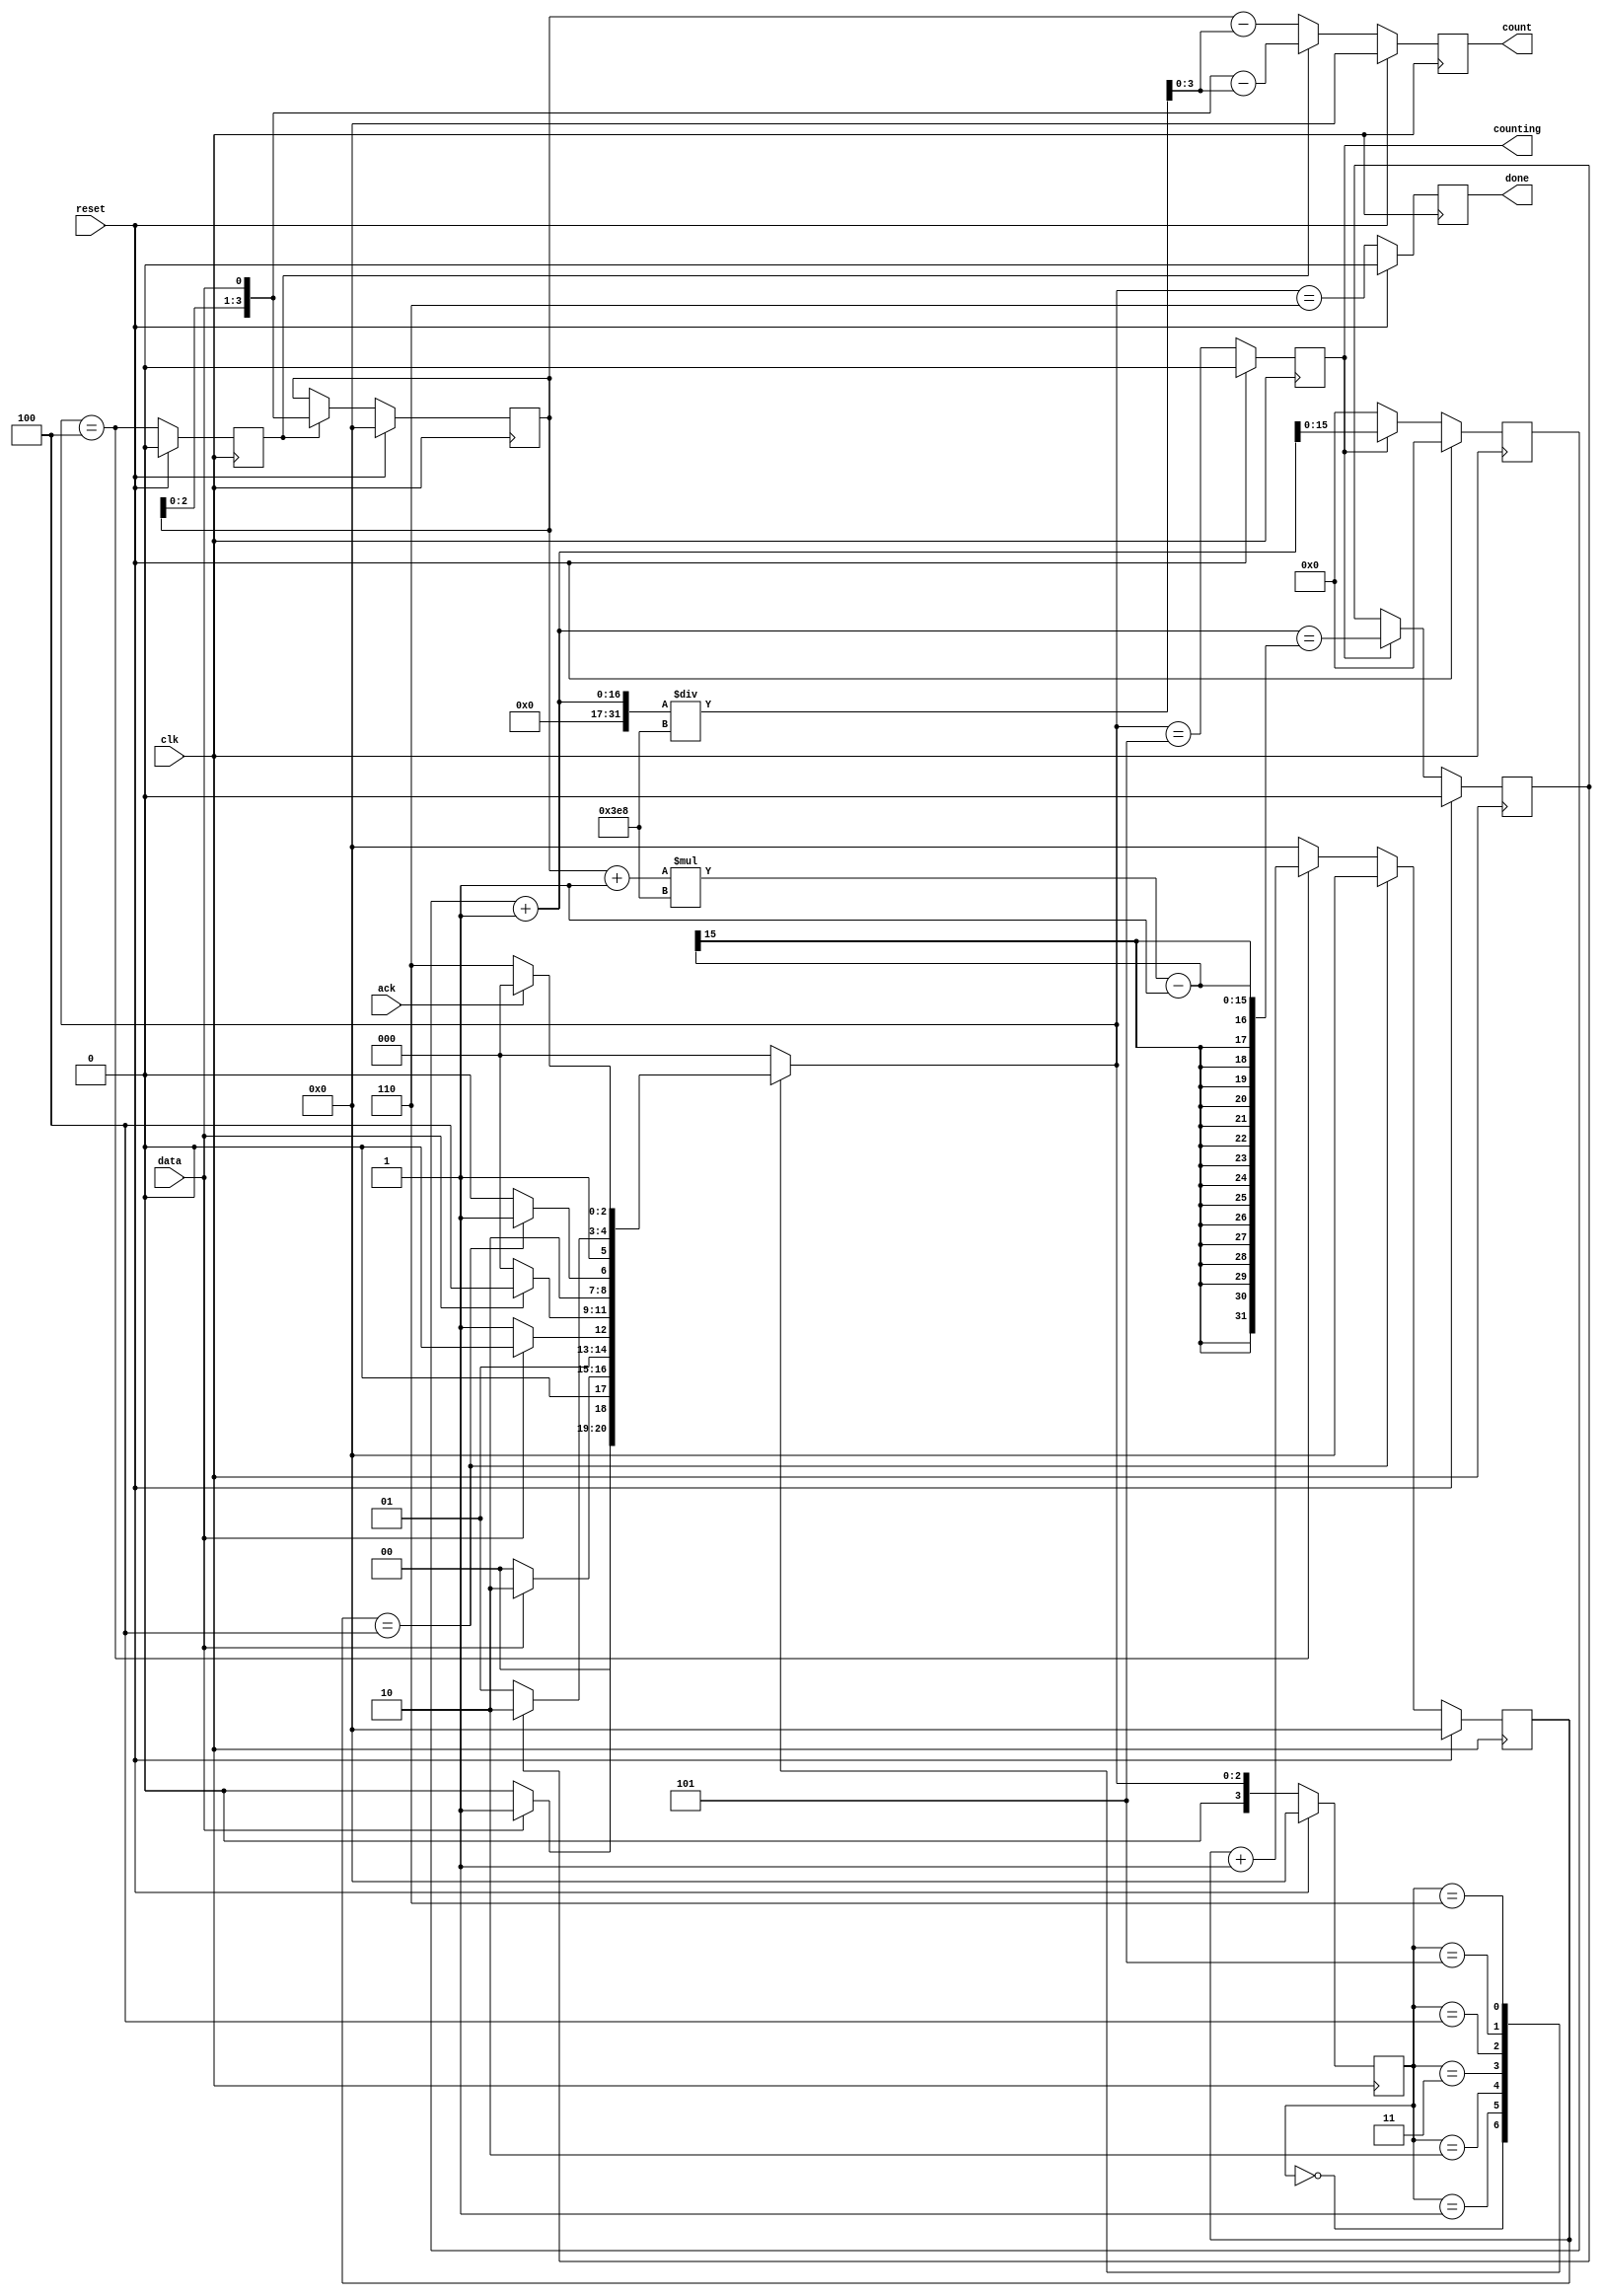
module top_module (
    input clk,
    input reset,      // Synchronous reset
    input data,
    output [3:0] count,
    output counting,
    output done,
    input ack );
	
/* vvv=================== same as review2015_fsmshift ===================vvv */
    parameter S0=4'd0, S1=4'd1, S2=4'd2, S3=4'd3;
    parameter B0=4'd4, COUNT=4'd5, WAIT=4'd6;
    reg [3:0] state, next_state, cnt;
/* ^^^=================== same as review2015_fsmshift ===================^^^ */
    
    reg [3:0] delay;
    reg shift_ena, done_counting;
    reg [15:0] num_cnt;
    
/* vvv=================== same as review2015_fsmshift ===================vvv */
    // State transition logic (combinational)
    always @(*) begin
        case (state)
            S0: next_state = data ? S1:S0;
            S1: next_state = data ? S2:S0;
            S2: next_state = (!data) ? S3:S2;
            S3: next_state = data ? B0:S0; //進入計數
            B0: next_state = (cnt==4) ? COUNT:B0; //用計數取代狀態
            COUNT: next_state = (done_counting) ? WAIT:COUNT;
            WAIT: next_state = (ack) ? S0:WAIT;
            default: next_state = S0;
        endcase
    end

    // State flip-flops (sequential)
    always @(posedge clk) begin
        state <= (reset) ? S0:next_state ;
    end
    
    // Output logic
    always @(posedge clk) begin
        if (reset) begin
            cnt <= 4'd0;
        end
        else if (cnt==4) begin //counter stop
            cnt <= 0;
        end
        else begin
            cnt <= (next_state==B0) ? cnt+1:0; //counter
        end
    end
    
    always @(posedge clk) begin
        if (reset) begin
            shift_ena <= 0;
        end
        else begin
            shift_ena <= (next_state==B0);
        end
    end
    
    always @(posedge clk) begin
        if (reset) begin
            counting <= 0;
        end
        else begin
            counting <= (next_state==COUNT);
        end
    end
    
    always @(posedge clk) begin
        if (reset) begin
            done <= 0;
        end
        else begin
            done <= (next_state==WAIT);
        end
    end
/* ^^^=================== same as review2015_fsmshift ===================^^^ */
    

    
    always @(posedge clk) begin //number counter
        if (reset) begin
            num_cnt <= 0;
        end
        else begin
            num_cnt <= (counting) ? num_cnt+1:0;
        end
    end
    
    always@(posedge clk) begin
        if(reset)begin
            delay <= 'd0;
        end           
        else if (shift_ena) begin
            delay <= {delay[2:0],data};
        end
    end
    
   	//assign count = delay-num_cnt/1000;
    always@(posedge clk) begin
        if(reset)begin
            count <= 0;
        end           
        else if (shift_ena) begin
            count <= {delay[2:0],data}-(num_cnt+1)/1000; //shift_ena時還在更新delay
        end
        else begin
            count <= delay-(num_cnt+1)/1000;
        end
    end
	
    //assign done_counting = (num_cnt == (delay+1)*1000-1);
	always@(posedge clk) begin
        if(reset)begin
            done_counting <= 0;
        end           
        else if (counting) begin
            done_counting <= (num_cnt+1 == (delay+1)*1000-1); //再+1是因為clk
        end
    end

endmodule